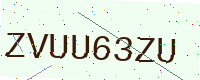
Text: ZVUU63ZU